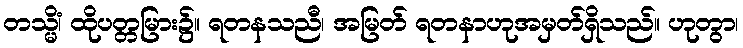
တသ္မိံ၊ ထိုပတ္တမြား၌။ ရတနသညီ၊ အမြတ် ရတနာဟုအမှတ်ရှိသည်။ ဟုတွာ၊